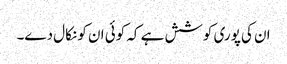
ان کی پوری کوشش ہے کہ کوئی ان کو نکال دے۔